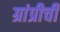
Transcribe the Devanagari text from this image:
ग्रांप्रीची